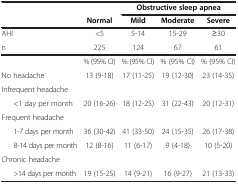
<table><thead><tr><td rowspan="2"><b> </b></td><td><b> </b></td><td colspan="3"><b>Obstructive sleep apnea</b></td></tr><tr><td><b>Normal</b></td><td><b>Mild</b></td><td><b>Moderate</b></td><td><b>Severe</b></td></tr></thead><tbody><tr><td>AHI</td><td>&lt;5</td><td>5-14</td><td>15-29</td><td>≥30</td></tr><tr><td>n</td><td>225</td><td>124</td><td>67</td><td>61</td></tr><tr><td> </td><td>% (95% CI)</td><td>% (95% CI)</td><td>% (95% CI)</td><td>% (95% CI)</td></tr><tr><td>No headache</td><td>13 (9-18)</td><td>17 (11-25)</td><td>19 (12-30)</td><td>23 (14-35)</td></tr><tr><td colspan="5">Infrequent headache</td></tr><tr><td>&lt;1 day per month</td><td>20 (16-26)</td><td>18 (12-25)</td><td>31 (22-43)</td><td>20 (12-31)</td></tr><tr><td colspan="5">Frequent headache</td></tr><tr><td>1-7 days per month</td><td>36 (30-42)</td><td>41 (33-50)</td><td>24 (15-35)</td><td>26 (17-38)</td></tr><tr><td>8-14 days per month</td><td>12 (8-16)</td><td>11 (6-17)</td><td>9 (4-18)</td><td>10 (5-20)</td></tr><tr><td colspan="5">Chronic headache</td></tr><tr><td>&gt;14 days per month</td><td>19 (15-25)</td><td>14 (9-21)</td><td>16 (9-27)</td><td>21 (13-33)</td></tr></tbody></table>